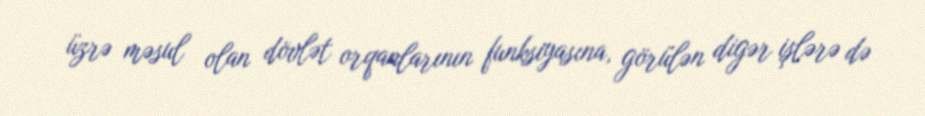
üzrə məsul olan dövlət orqanlarının funksiyasına, görülən digər işlərə də